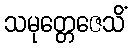
သမုတ္တေဇေသိံ